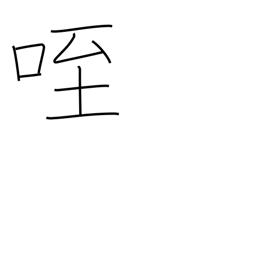
Meaning: eat